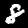
Digit: 8